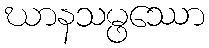
ဃာနသမ္ဖဿော